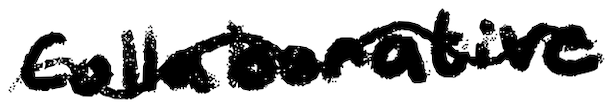
Text: Collaborative
Cross-out: wave
Writing tool: digital_black